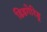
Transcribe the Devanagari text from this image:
डिडगेरिडू